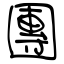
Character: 團